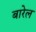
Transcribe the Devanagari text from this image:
बारेल